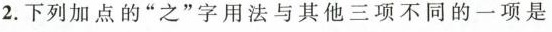
2.下列加点的”之”字用法与其他三项不同的一项是